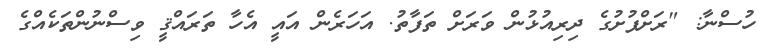
ހުސްނާ: "ރަށްފުށުގެ ދިރިއުޅުން ވަރަށް ތަފާތު. އަހަރެން އައީ އެހާ ތަރައްޤީ ވިސްނުންތަކެއްގެ